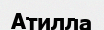
Атилла